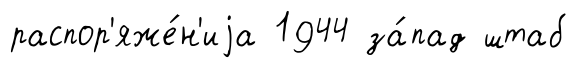
распор'яже́н'иjа 1944 за́пад штаб